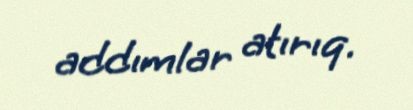
addımlar atırıq.